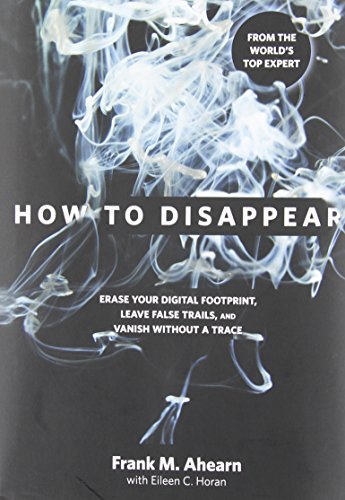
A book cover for How to Disappear: Erase Your Digital Footprint, Leave False Trails, And Vanish Without A Trace; Frank Ahearn; Computers & Technology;